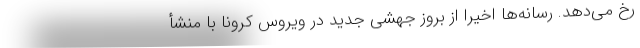
رخ می‌‌دهد. رسانه‌‌ها اخیراً از بروز جهشی جدید در ویروس کرونا با منشأ